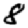
Digit: 8